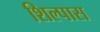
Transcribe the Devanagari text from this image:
शिल्पास